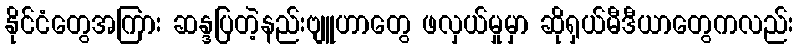
နိုင်ငံတွေအကြား ဆန္ဒပြတဲ့နည်းဗျူဟာတွေ ဖလှယ်မှုမှာ ဆိုရှယ်မီဒီယာတွေကလည်း